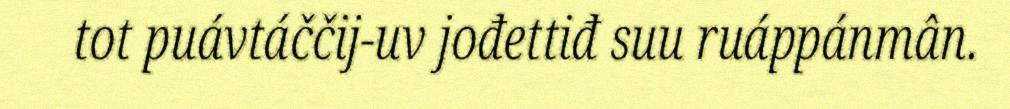
tot puávtáččij-uv jođettiđ suu ruáppánmân.